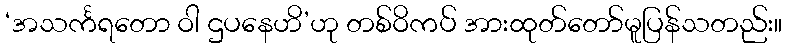
‘အသင်္ကရတော ဝါ ဌပနေဟိ’ဟု တစ်ဝိကပ် အားထုတ်တော်မူပြန်သတည်း။